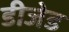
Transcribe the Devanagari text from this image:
डीजेड